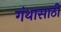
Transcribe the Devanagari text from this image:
गंथासाठी